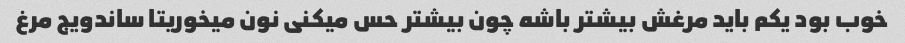
خوب بود یکم باید مرغش بیشتر باشه چون بیشتر حس میکنی نون میخوریتا ساندویج مرغ